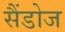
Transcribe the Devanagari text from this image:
सैंडोज